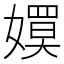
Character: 𡢊